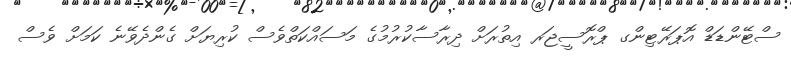
ސްޓޭންޑަޑް އޮޕަރޭޓިންގ ޕްރޮސީޖަރ އިތުރަށް ދިރާސާކުރުމުގެ މަސައްކަތްވެސް ކުރިޔަށް ގެންދެވޭނެ ކަމަށް ވެސް